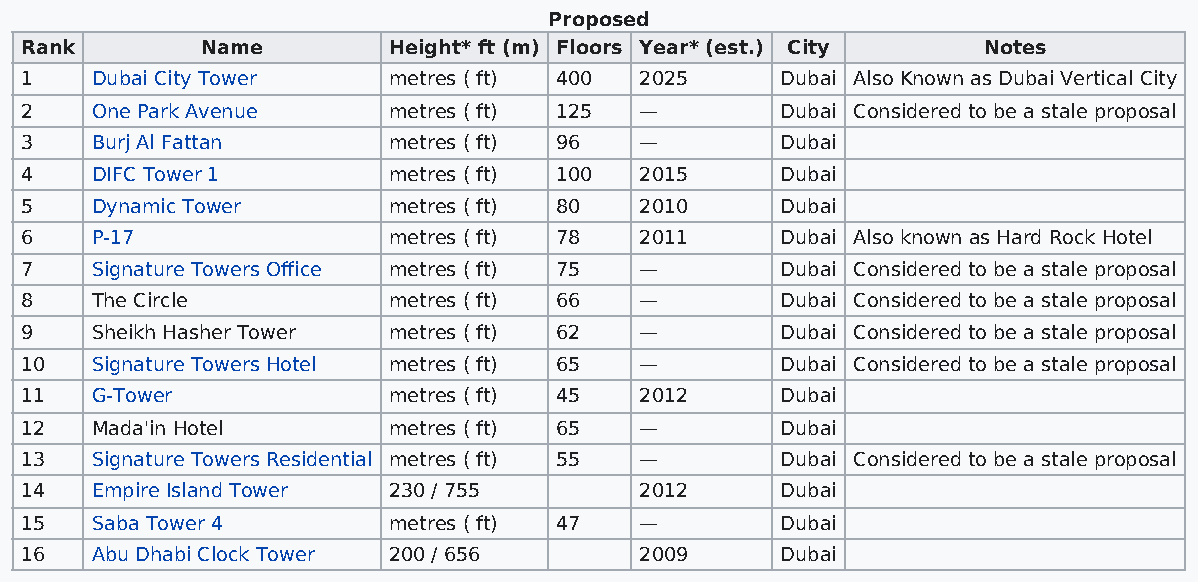
Proposed
 Rank        Name         Height* ft (m) Floors Year* (est.) City Notes
 1    Dubai City Tower    metres ( ft) 400 2025     Dubai Also Known as Dubai Vertical City
 2    One Park Avenue     metres ( ft) 125 —        Dubai Considered to be a stale proposal
 3    Burj Al Fattan      metres ( ft) 96 —         Dubai
 4    DIFC Tower 1        metres ( ft) 100 2015     Dubai
 5    Dynamic Tower       metres ( ft) 80 2010      Dubai
 6    P-17                metres ( ft) 78 2011      Dubai Also known as Hard Rock Hotel
 7    Signature Towers Office metres ( ft) 75 —     Dubai Considered to be a stale proposal
 8    The Circle          metres ( ft) 66 —         Dubai Considered to be a stale proposal
 9    Sheikh Hasher Tower metres ( ft) 62 —         Dubai Considered to be a stale proposal
 10   Signature Towers Hotel metres ( ft) 65 —      Dubai Considered to be a stale proposal
 11   G-Tower             metres ( ft) 45 2012      Dubai
 12   Mada'in Hotel       metres ( ft) 65 —         Dubai
 13   Signature Towers Residential metres ( ft) 55 — Dubai Considered to be a stale proposal
 14   Empire Island Tower 230 / 755       2012      Dubai
 15   Saba Tower 4        metres ( ft) 47 —         Dubai
 16   Abu Dhabi Clock Tower 200 / 656     2009      Dubai